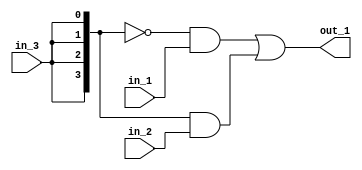
`timescale 1ns / 1ps
///////////////////////
// bus signals 
//////////////////


module bus_sigs  (
    //Inputs
    in_1,
    in_2, 
    in_3, 
    // outputs
    out_1, 
);

// port definitions 
input [3:0] in_1; 
input [3:0] in_2;
input in_3 ; 

output [3:0] out_1; 
wire [3:0]  in_3_bus; 

// ---- Design implementation ---- 

assign in_3_bus = {4{in_3}};
assign out_1 = (~in_3_bus & in_1) | (in_3_bus & in_2); 

endmodule